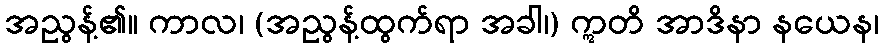
အညွန့်၏။ ကာလ၊ (အညွန့်ထွက်ရာ အခါ၊) ဣတိ အာဒိနာ နယေန၊